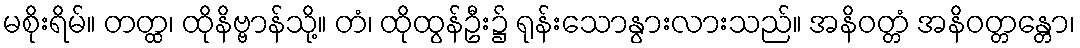
မစိုးရိမ်။ တတ္ထ၊ ထိုနိဗ္ဗာန်သို့။ တံ၊ ထိုထွန်ဦး၌ ရုန်းသောနွားလားသည်။ အနိဝတ္တံ အနိဝတ္တန္တော၊